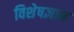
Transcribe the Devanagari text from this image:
विशेषज्ञान